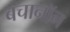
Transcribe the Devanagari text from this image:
बचानॉन